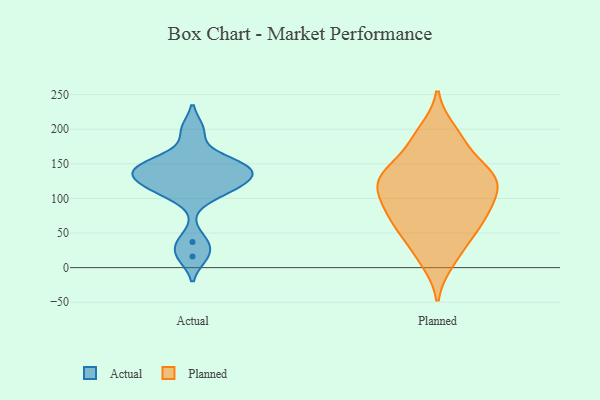
{"axis": {"x": "Satisfaction Score", "y": "Value"}, "legend": ["Actual", "Planned"], "data": [{"x": "", "y": 107, "type": "Actual"}, {"x": "", "y": 141, "type": "Actual"}, {"x": "", "y": 158, "type": "Actual"}, {"x": "", "y": 37, "type": "Actual"}, {"x": "", "y": 131, "type": "Actual"}, {"x": "", "y": 146, "type": "Actual"}, {"x": "", "y": 125, "type": "Actual"}, {"x": "", "y": 16, "type": "Actual"}, {"x": "", "y": 114, "type": "Actual"}, {"x": "", "y": 199, "type": "Actual"}, {"x": "", "y": 144, "type": "Actual"}, {"x": "", "y": 82, "type": "Planned"}, {"x": "", "y": 186, "type": "Planned"}, {"x": "", "y": 68, "type": "Planned"}, {"x": "", "y": 136, "type": "Planned"}, {"x": "", "y": 97, "type": "Planned"}, {"x": "", "y": 197, "type": "Planned"}, {"x": "", "y": 181, "type": "Planned"}, {"x": "", "y": 128, "type": "Planned"}, {"x": "", "y": 65, "type": "Planned"}, {"x": "", "y": 129, "type": "Planned"}, {"x": "", "y": 126, "type": "Planned"}, {"x": "", "y": 50, "type": "Planned"}, {"x": "", "y": 10, "type": "Planned"}, {"x": "", "y": 91, "type": "Planned"}, {"x": "", "y": 130, "type": "Planned"}, {"x": "", "y": 146, "type": "Planned"}, {"x": "", "y": 100, "type": "Planned"}, {"x": "", "y": 52, "type": "Planned"}, {"x": "", "y": 18, "type": "Planned"}, {"x": "", "y": 125, "type": "Planned"}]}